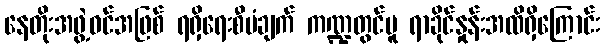
နေတိုးအဖွဲ့ဝင်အဖြစ် ရရှိရေးစီမံချက် ကဏ္ဍတွင်မူ ရာခိုင်နှုန်းအထိရှိကြောင်း